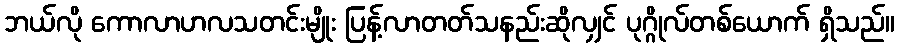
ဘယ်လို ကောလာဟလသတင်းမျိုး ပြန့်လာတတ်သနည်းဆိုလျှင် ပုဂ္ဂိုလ်တစ်ယောက် ရှိသည်။